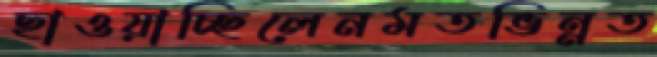
ছাওয়াচ্ছিলেনমতভিন্নত